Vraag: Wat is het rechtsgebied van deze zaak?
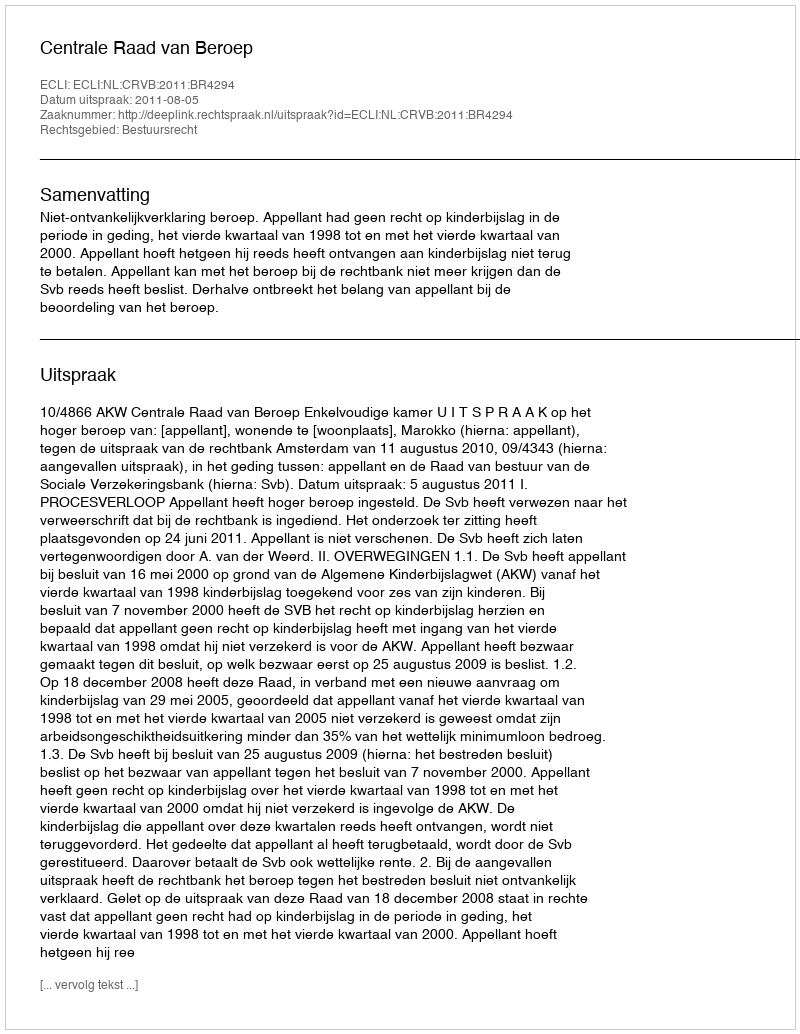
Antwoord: Bestuursrecht